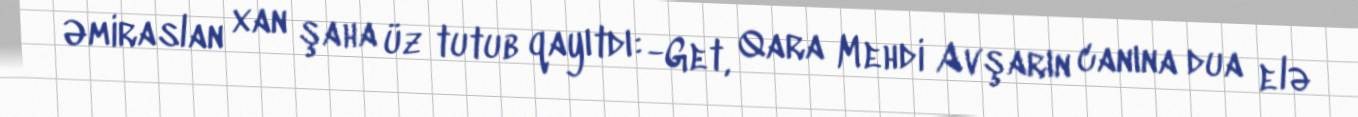
Əmiraslan xan şaha üz tutub qayıtdı: -Get, Qara Mehdi Avşarın canına dua elə